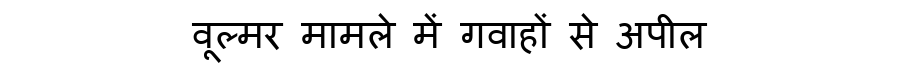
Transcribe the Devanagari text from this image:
वूल्मर मामले में गवाहों से अपील